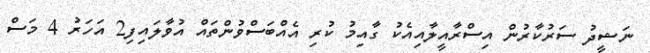
ނަޝީދު ސަރުކާރުން އިސްރާއީލާއިއެކު ގާއިމު ކުރި އެއްބަސްވުންތައް އުވާލައިފި2 އަހަރު 4 މަސް